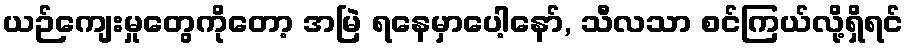
ယဉ်ကျေးမှုတွေကိုတော့ အမြဲ ရနေမှာပေါ့နော်, သီလသာ စင်ကြယ်လို့ရှိရင်